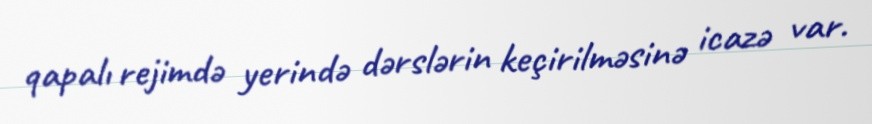
qapalı rejimdə yerində dərslərin keçirilməsinə icazə var.